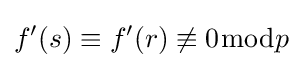
f'(s)\equiv f'(r)\not \equiv 0{\bmod {p}}